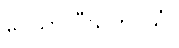
ဝေသာလီသုတ်-သံ။